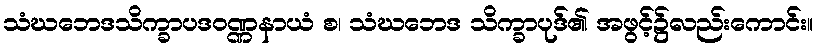
သံဃဘေဒသိက္ခာပဒဝဏ္ဏနာယံ စ၊ သံဃဘေဒ သိက္ခာပုဒ်၏ အဖွင့်၌လည်းကောင်း။